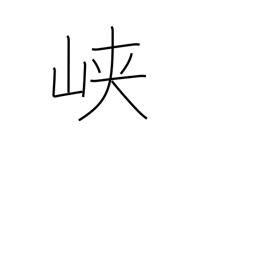
Meaning: ravine